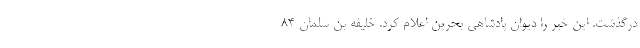
درگذشت. این خبر را دیوان پادشاهی بحرین اعلام کرد. خلیفه بن سلمان ۸۴